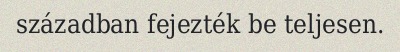
században fejezték be teljesen.